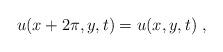
LaTeX: \begin{align*}u (x+2 \pi, y, t) = u (x, y, t) \ ,\end{align*}